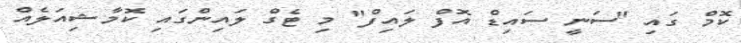
ކޮމް ގައި "ސަނީ ސައިޑް އޮފް ލައިފް" މި ޓެގް ލައިންގައި ކޮމާޝިއަލެއް